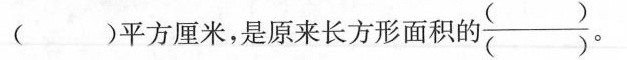
()平方厘米，是原来长方形面积的 \frac{()}{()}